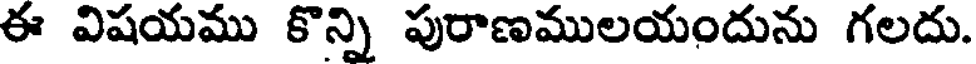
ఈ విషయము కొన్ని పురాణములయందును గలదు.